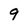
Character: 9